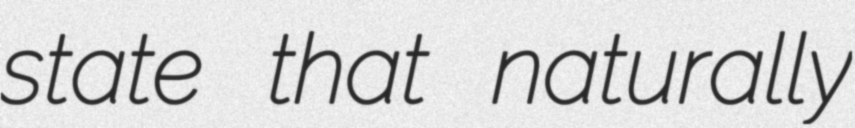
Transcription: state that naturally